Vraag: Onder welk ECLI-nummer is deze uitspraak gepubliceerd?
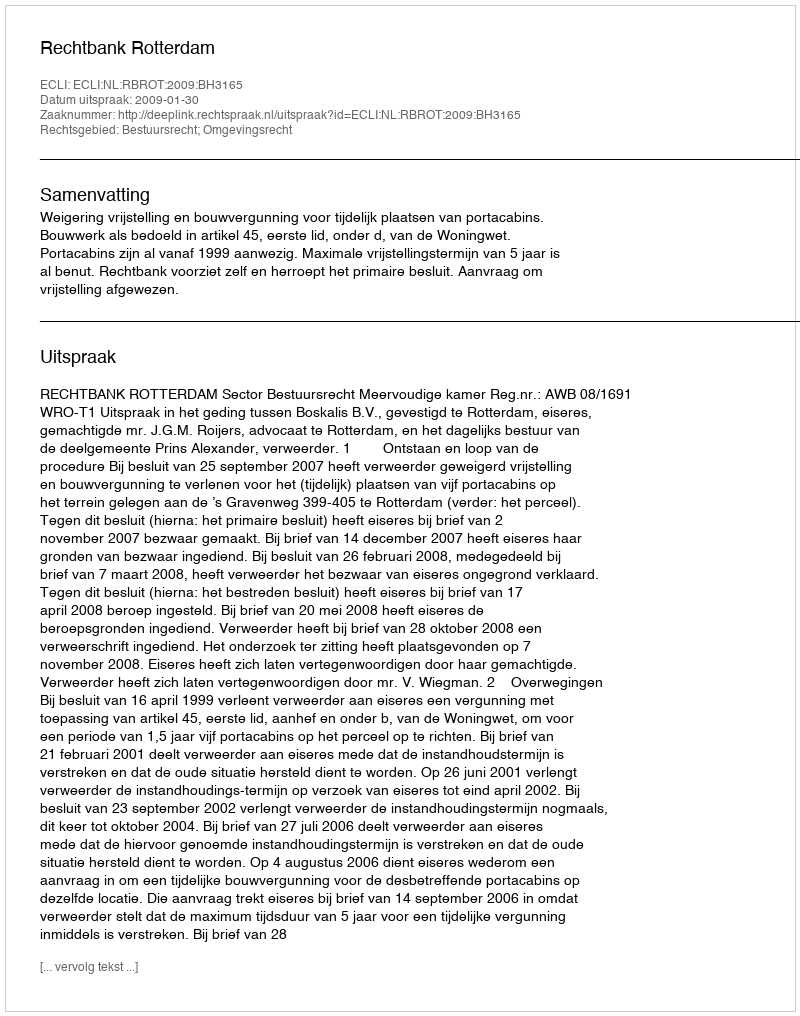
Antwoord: ECLI:NL:RBROT:2009:BH3165